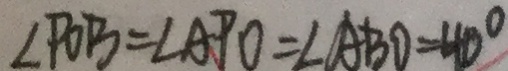
\angle P O B = \angle A P O = \angle A B D = 4 0 ^ { \circ }